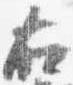
右